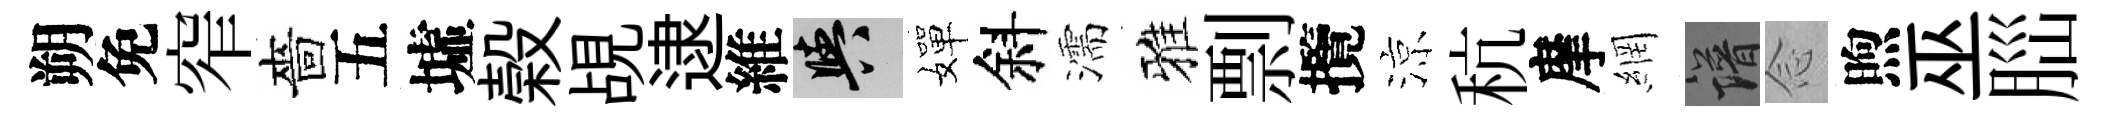
朔免窄嗇五墟榖覘逮維阳嬋斜濡雅剽攬涼秔摩網譜𫝹煦巫𦛁